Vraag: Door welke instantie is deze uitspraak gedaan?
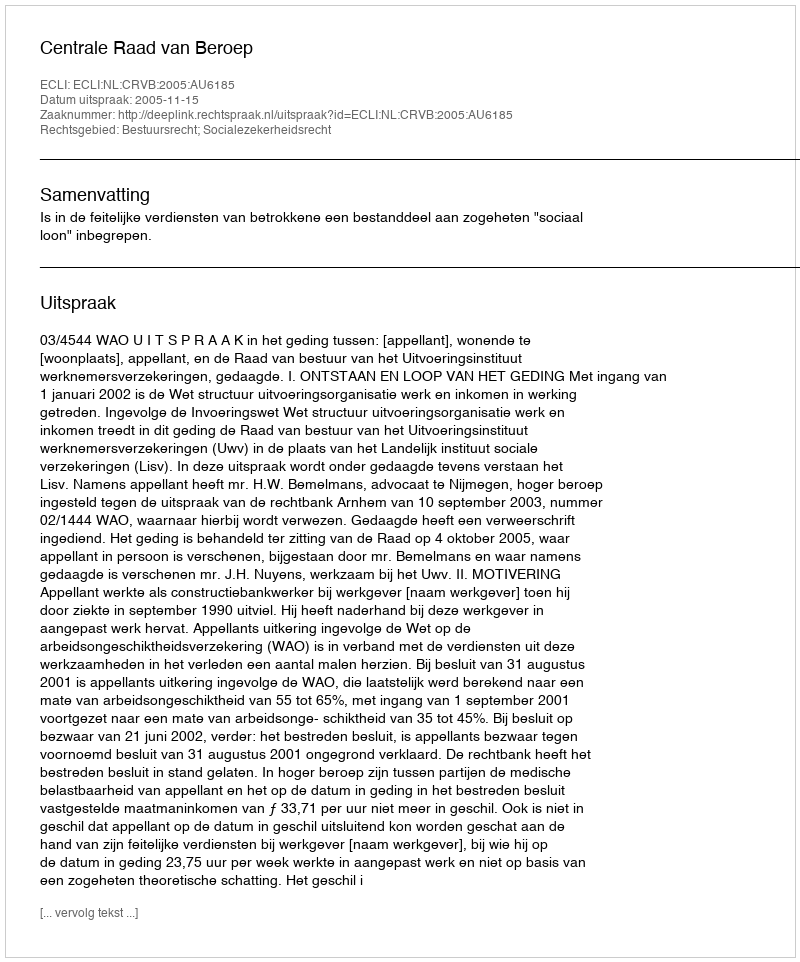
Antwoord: Centrale Raad van Beroep